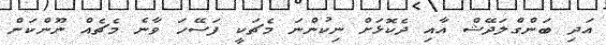
އަދި ބަންގްލަދޭޝް އާއި ދެކޮޅަށް ނިކުންނަ މެޗަކީ ފަސޭހަ ވާނެ މެޗެއް ނޫންކަން